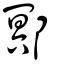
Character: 鄍